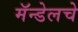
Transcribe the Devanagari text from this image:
मॅन्डेलचे